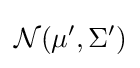
{\mathcal {N}}(\mu ',\Sigma ')